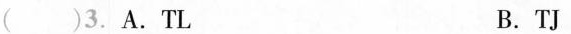
()3. A.TL B. TJ